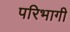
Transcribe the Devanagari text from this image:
परिभागी